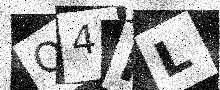
Text: Q4ML